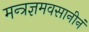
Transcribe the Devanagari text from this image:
मन्त्रज्ञमवसानीनं